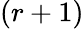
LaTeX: (r+1)